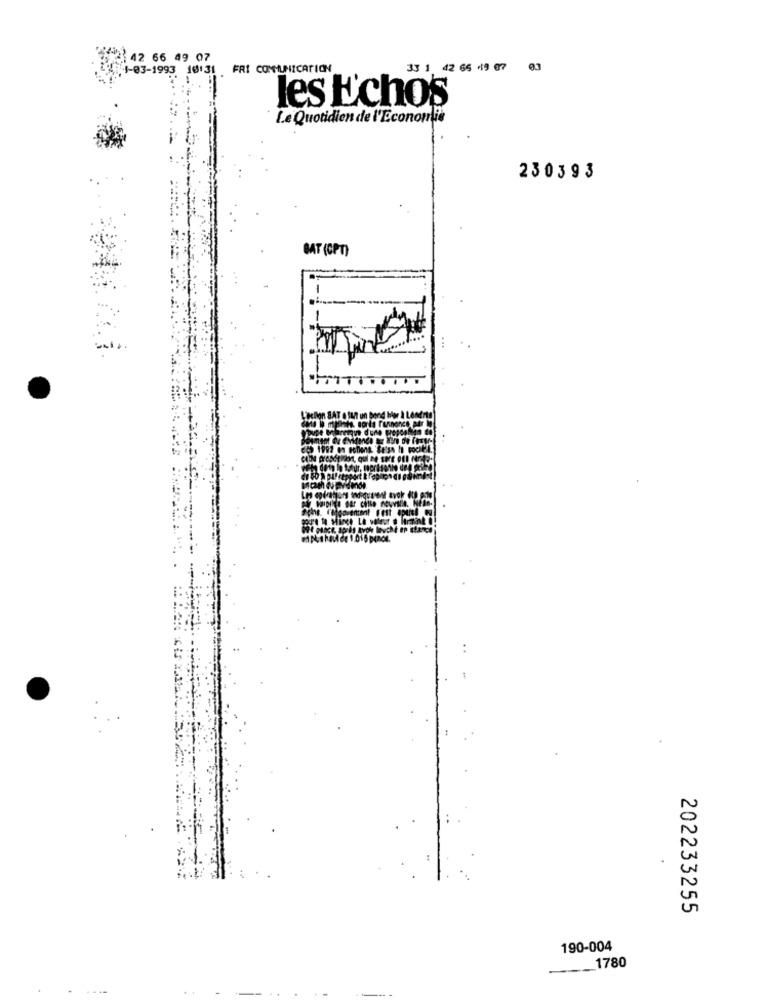
42 66 49 07
1-03-1993 18:31 FRI COMMUNICATION
33 1 42 65 119 07
03
les Echos
Le Quotidien de l'Economie
230393
BAT (CPT)
202233255
190-004
- _ 1780